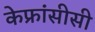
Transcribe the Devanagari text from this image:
केफ्रांसीसी